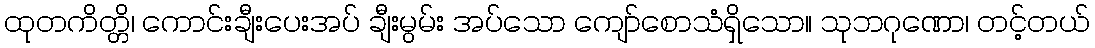
ထုတကိတ္တိ၊ ကောင်းချီးပေးအပ် ချီးမွမ်း အပ်သော ကျော်စောသံရှိသော။ သုဘဂုဏော၊ တင့်တယ်